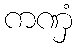
ကဏှံ